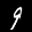
Label: 9